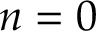
n = 0